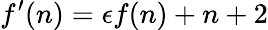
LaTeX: f^{\prime}(n)=\epsilon f(n)+n+2